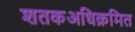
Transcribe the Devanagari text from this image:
शतकअधिक्रमित